Indian journal of veterinary science and animal husbandry - Volumes 15-17, 1948-1951
Year: 1948
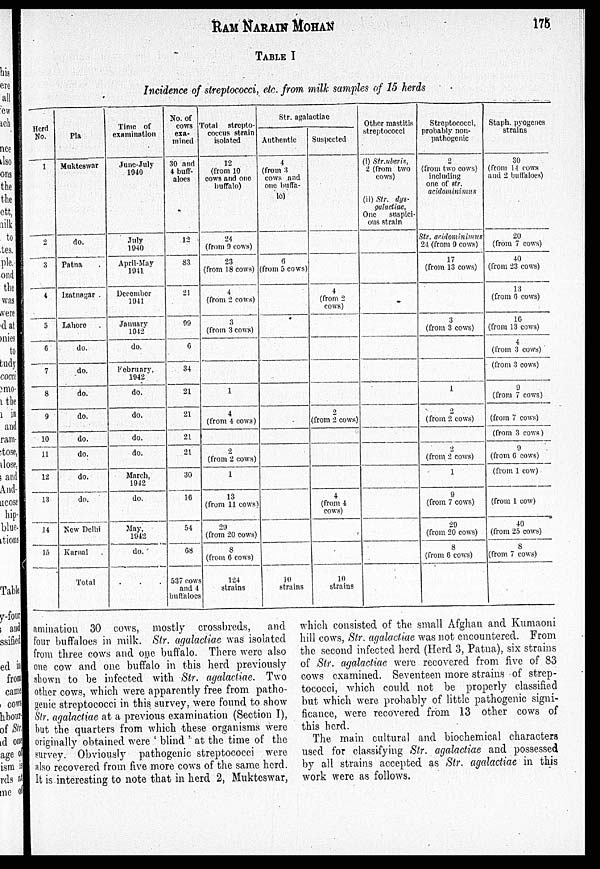
RAM
NARAIN
MOHAN
175
TABLE I
Incidence of streptococci, etc. from milk samples of 15 herds
Herd
No.
1
2
3
4
5
6
7
8
9
10
11
12
13
14
15
Pla.
Mukteswar
do.
Patna
Izatnagar
Lahore
do.
do.
do.
do.
do.
do.
do.
do.
New Delhi
Karnal
Total
Time of
examination
June-July
1940
July
1940
April-May
1941
December
1941
January
1942
do.
February,
1942
do.
do.
do.
do.
March,
1942
do.
May,
1042
do.
No. of
cows
exa-
mined
30 and
4 buff-
aloes
12
83
21
99
6
34
21
21
21
21
30
10
54
68
537 cows
and 4
buffaloes
Total strepto-
coccus strain
isolated
12
(from 10
cows and one
buffalo)
24
(from 9 cows)
23
(from 18 cows)
4
(from 2 cows)
3
(from 3 cows)
1
4
(from 4 cows)
2
(from 2 cows)
1
13
(from 11 cows)
20
(from 20 cows)
8
(from 6 cows)
124
strains
Str. agalactiae
Authentic
4
(from 3
cows and
one buffa-
lo)
6
(from 5 cows)
10
strains
Suspected
4
(from 2
cows)
2
(from 2 cows)
4
(from 4
cows)
10
strains
Other mastitis
streptococci
(i) Str.uberis,
2 (from two
cows)
(ii) Str. dys-
galactiae,
One
suspici-
ous strain
Streptococci,
probably non-
pathogenic
2
(from two cows)
including
one of str.
acidominimus
Str. acidominimus
24 (from 9 cows)
17
(from 13 cows)
3
(from 3 cows)
1
2
(from 2 cows)
2
(from 2 cows)
1
9
(from 7 cows)
20
(from 20 cows)
8
(from 6 cows)
Staph. pyogenes
strains
30
(from 14 cows
and 2 buffaloes)
20
(from 7 cows)
40
(from 23 cows)
13
(from 6 cows)
16
(from 13 cows)
4
(from 3 cows)
(from 3 cows)
9
(from 7 cows)
(from 7 cows)
(from 3 cows)
9
(from 6 cows)
(from 1 cow)
(from 1 cow)
40
(from 25 cows)
8
(from 7 cows)
animation 30 cows, mostly crossbreds,
and
four buffaloes in milk. Str. agalactiae was isolated
from three cows and one buffalo. There were also
one cow and one buffalo in this herd previously
shown to be infected with Str. agalactiae. Two
other cows, which were apparently free from patho-
genic streptococci in this survey, were found to show
Str. agalactiae at a previous examination (Section I),
but the quarters from which these organisms were
originally obtained were ' blind ' at the time of the
survey. Obviously pathogenic streptococci were
also recovered from five more cows of the same herd.
It is interesting to note that in herd 2, Mukteswar,
which consisted of the small Afghan and Kumaoni
hill cows, Str. agalactiae was not encountered. From
the second infected herd (Herd 3, Patna), six strains
of Str. agalactiae were recovered from five of 83
cows examined. Seventeen more strains of strep-
tococci, which could not be properly classified
but which were probably of little pathogenic signi-
ficance, were recovered from 13 other cows of
this herd.
The main cultural and biochemical characters
used for classifying Str. agalactiae and possessed
by all strains accepted as Str. agalactiae in this
work were as follows.